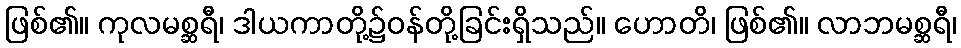
ဖြစ်၏။ ကုလမစ္ဆရီ၊ ဒါယကာတို့၌ဝန်တို့ခြင်းရှိသည်။ ဟောတိ၊ ဖြစ်၏။ လာဘမစ္ဆရီ၊